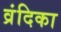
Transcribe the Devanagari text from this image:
व्रंदिका